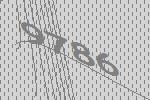
9786